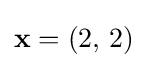
\mathbf {x} =(2,\,2)